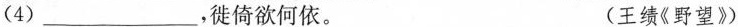
(4)___，徙倚欲何依。 (王绩《野望》)